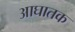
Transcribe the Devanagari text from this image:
आघातक